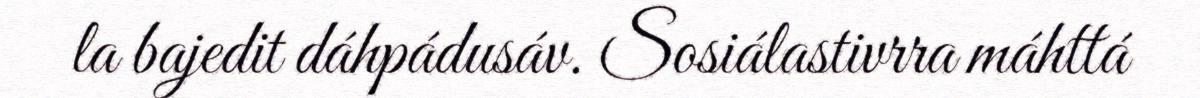
la bajedit dáhpádusáv. Sosiálastivrra máhttá